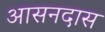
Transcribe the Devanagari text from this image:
आसनदास